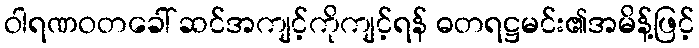
ဝါရဏဝတခေါ် ဆင်အကျင့်ကိုကျင့်ရန် ဓတရဋ္ဌမင်း၏အမိန့်ဖြင့်